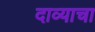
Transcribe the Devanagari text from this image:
दाव्याचा